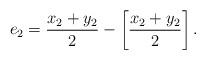
LaTeX: \begin{align*}e_2={x_2+y_2\over 2}-\left[{x_2+y_2\over 2}\right].\end{align*}